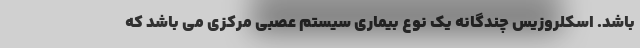
باشد. اسکلروزیس چندگانه یک نوع بیماری سیستم عصبی مرکزی می باشد که